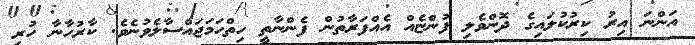
އަންނަ އިރު ކިރުކުލައިގެ ދޮންވެލި ފުންޏެއް އެއްފަރާތުން ފެންނާތީ ހިތްހަމަޖައްސާލެވުނެވެ. ކާރުހާނާ ހުރި